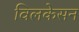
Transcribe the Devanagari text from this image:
विलकेसन